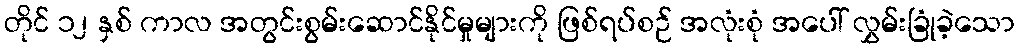
တိုင် ၁၂ နှစ် ကာလ အတွင်းစွမ်းဆောင်နိုင်မှုများကို ဖြစ်ရပ်စဉ် အလုံးစုံ အပေါ် လွှမ်းခြုံခဲ့သော